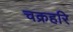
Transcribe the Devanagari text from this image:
चक्रहरि